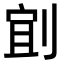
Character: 𫦄